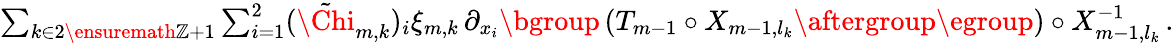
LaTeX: \begin{array}{r}{\sum_{k\in 2\ensuremath{\mathbb{Z}}+1}\sum_{i=1}^{2}(\tilde{\Chi}_{m,k})_{i}\xi_{m,k}\, \partial_{x_{i}}\mathopen{}\mathclose\bgroup\left(T_{m-1}\circ X_{m-1,l_{k}}\aftergroup\egroup\right)\circ X_{m-1,l_{k}}^{-1}\, .}\end{array}